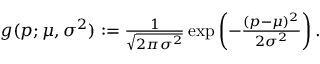
\begin{array} { r } { g ( p ; \mu , \sigma ^ { 2 } ) : = \frac { 1 } { \sqrt { 2 \pi \sigma ^ { 2 } } } \exp \left( - \frac { ( p - \mu ) ^ { 2 } } { 2 \sigma ^ { 2 } } \right) . } \end{array}